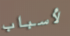
لأسباب